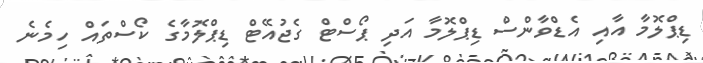
ޑިޕްލޮމާ އާއި އެޑްވާންސް ޑިޕްލޮމާ އަދި ޕޯސްޓް ގެޖުއޭޓް ޑިޕްލޮމާގެ ކޯސްތައް ހިމެނެ